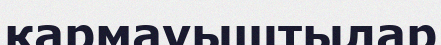
қармауыштылар